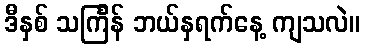
ဒီနှစ် သင်္ကြန် ဘယ်နှရက်နေ့ ကျသလဲ။